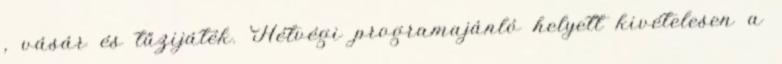
, vásár és tűzijáték. Hétvégi programajánló helyett kivételesen a